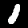
Digit: 1